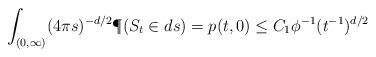
LaTeX: \begin{align*} \int_{(0,\infty)}(4\pi s)^{-d/2}\P(S_t\in ds) =p(t,0)\leq C_1\phi^{-1}(t^{-1})^{d/2}\end{align*}